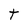
Character: t